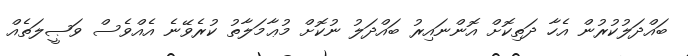
ބައްދަލުކުރުން އެހާ ދަތިކޮށް އޮންނައިރު ބައްދަލު ނުކޮށް މުޢާމަލާތު ކުރެވޭނެ އެއްވެސް ވަޞީލަތެއް